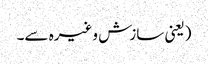
(یعنی سازش وغیرہ سے۔